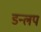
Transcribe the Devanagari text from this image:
डन्लप